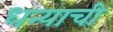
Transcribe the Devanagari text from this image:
धन्याची